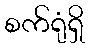
စက်ရုံရှိ